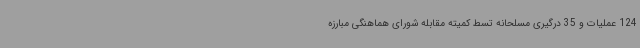
124 عملیات و 35 درگیری مسلحانه تسط کمیته مقابله شورای هماهنگی مبارزه